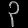
Digit: ၃